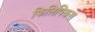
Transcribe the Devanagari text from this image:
फिलिपिकस